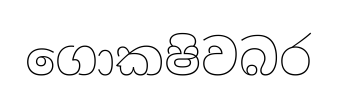
ගොකෂිවබර